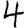
Digit: 4